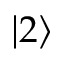
\left. \vert 2 \right\rangle